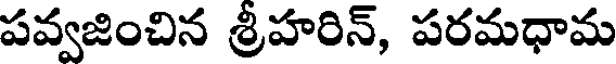
పవ్వజించిన శ్రీహరిన్, పరమధామ